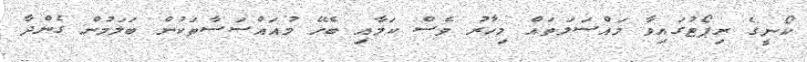
ކޯނީގެ ރިޕޯޓުގައިވާ މައްސަލަތައް މިހާރު ވެސް ކަމާއި ބެހޭ މުއައްސަސާތަކުން ބަލަމުން ގެންދާ